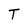
Character: T